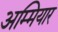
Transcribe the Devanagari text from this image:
अम्मियार